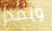
وبقدر